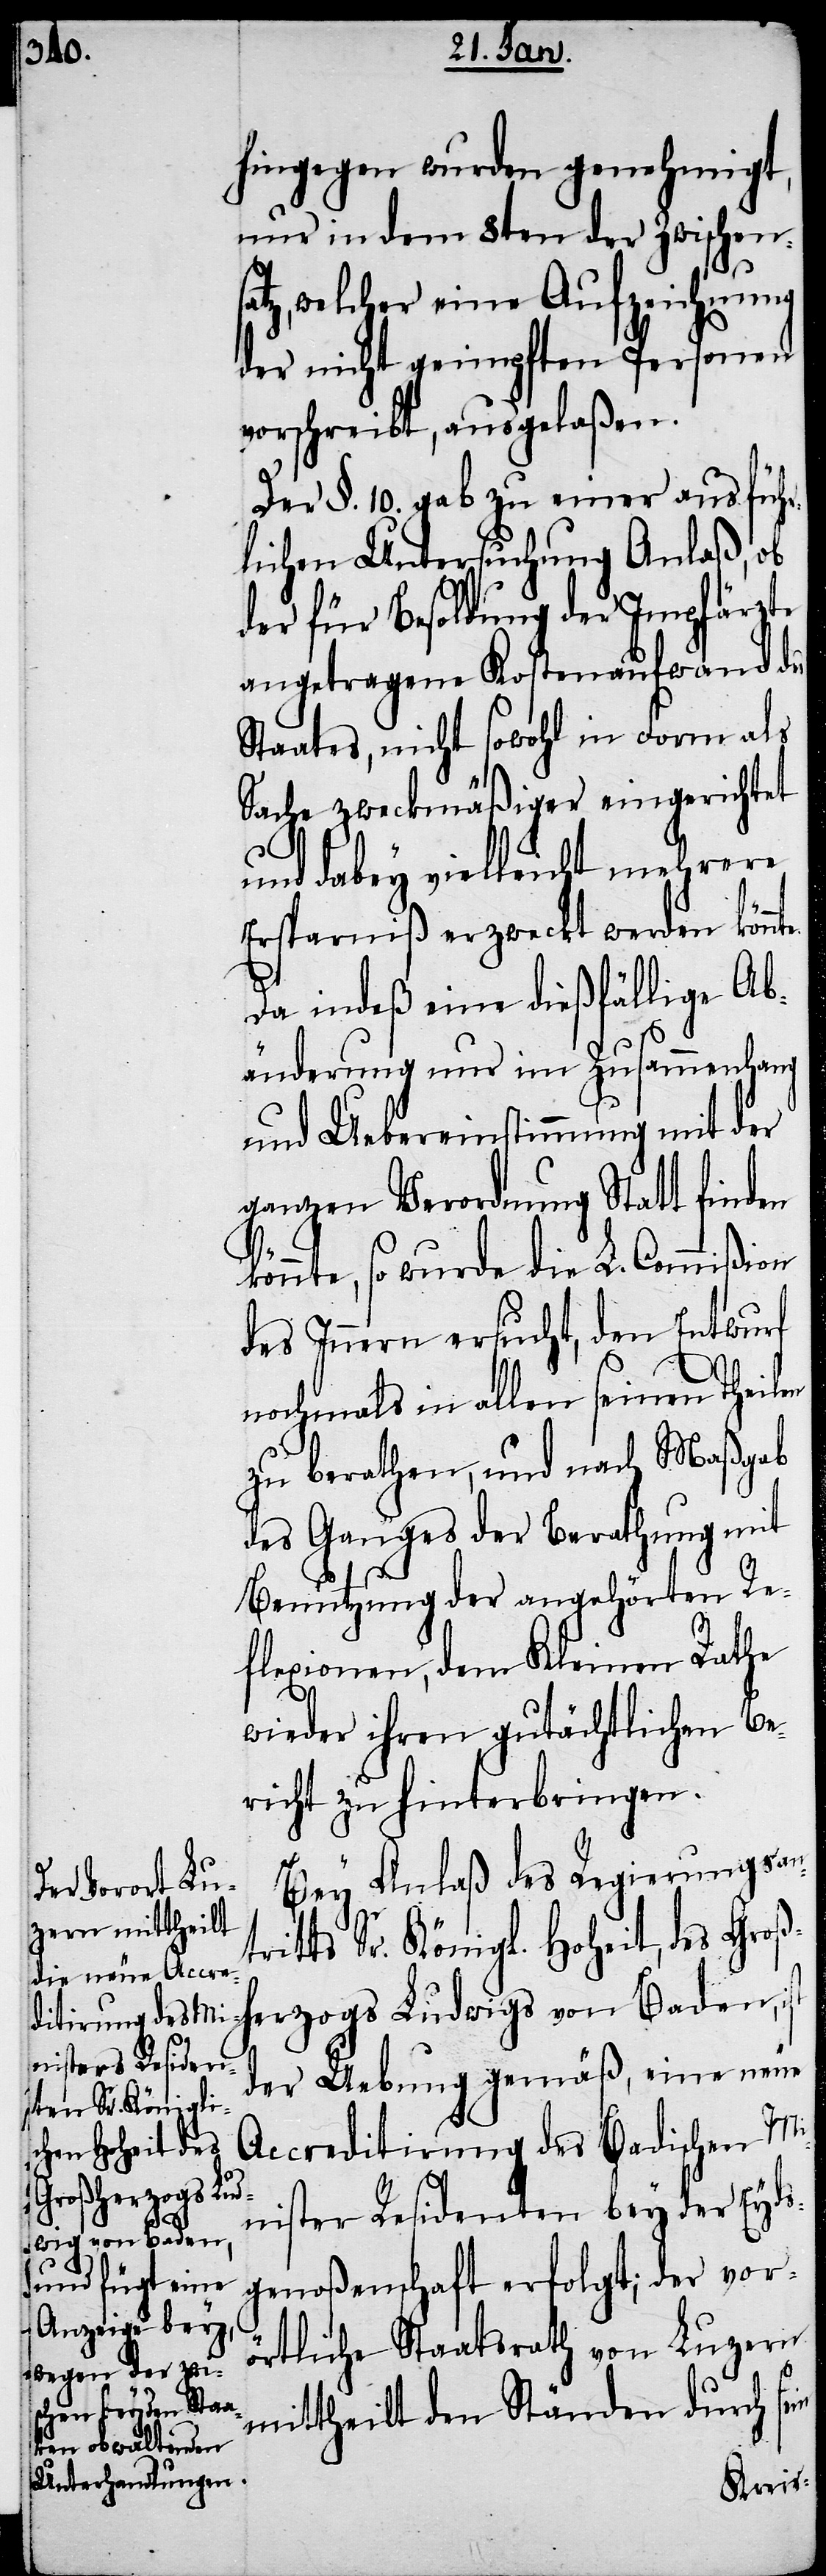
hingegen wurden genehmigt,
nur in dem 8ten der Zwischensa¬
tz, welcher eine Aufzeichnung
der nicht geimpften Personen
vorschreibt, ausgelaßen.
Der §. 10. gab zu einer ausführ¬
lichen Untersuchung Anlaß, ob
der für Besoldung der Impfärzte
angetragene Kostenaufwand des
Staates, nicht sowohl in Form als
Sache zweckmäßiger eingerichtet
und dabey vielleicht mehrere
Ersparniß erzweckt werden kön¬
Da indeß eine dießfällige Ab¬
änderung nur im Zusammenhang
und Uebereinstimmung mit der
ganzen Verordnung Statt finden
könnte, so wurde die L. Commißion
des Innern ersucht, den Entwurf
nochmals in allen seinen Theilen
zu berathen, und nach Maßgab
des Ganges der Berathung mit
Benutzung der angehörten Re¬
flexionen, dem Kleinen Rathe
wieder ihren gutächtlichen Be¬
richt zu hinterbringen.
Bey Anlaß des Regierungsan¬
itts Sr. Königl. Hoheit, des Groß¬
herzogs Ludwigs von Baden, ist
der Uebung gemäß, eine neue
Accreditirung des Badischen Mi¬
nister Residenten bey der Eyds¬
genoßenschaft erfolgt; der vor¬
örtliche Staatsrath von Luzern
mittheilt den Ständen durch sein
tr¬